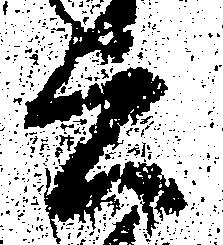
公